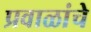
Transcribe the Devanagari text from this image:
प्रवाळांचे